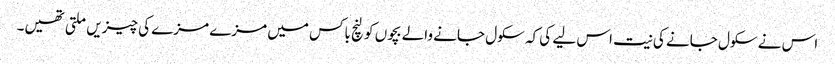
اس نے سکول جانے کی نیت اس لیے کی کہ سکول جانے والے بچوں کو لنچ باکس میں مزے مزے کی چیزیں ملتی تھیں۔